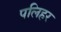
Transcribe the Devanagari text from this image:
पलिहर